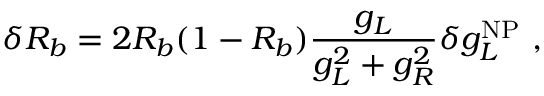
\delta R _ { b } = 2 R _ { b } ( 1 - R _ { b } ) \frac { g _ { L } } { g _ { L } ^ { 2 } + g _ { R } ^ { 2 } } \delta g _ { L } ^ { \mathrm { N P } } ~ ,